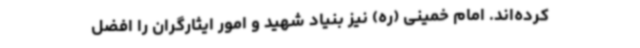
کرده‌اند. امام خمینی (ره) نیز بنیاد شهید و امور ایثارگران را افضل